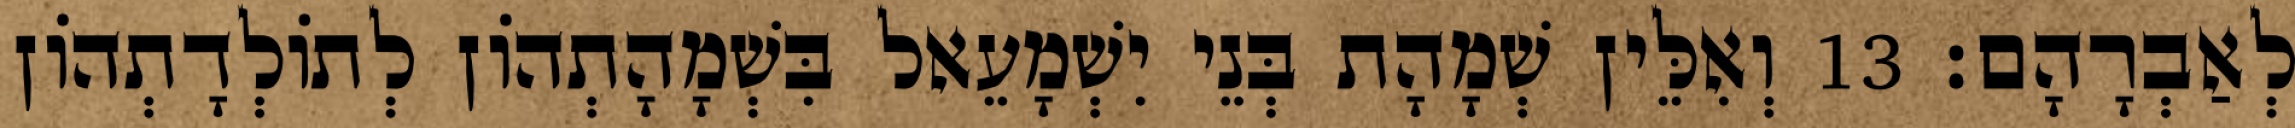
לְאַבְרָהָם׃ 13 וְאִלֵּין שְׁמָהָת בְּנֵי יִשְׁמָעֵאל בִּשְׁמָהָתְהוֹן לְתוֹלְדָתְהוֹן